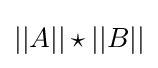
||A||\star ||B||